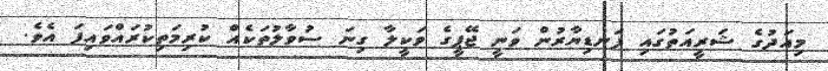
މިއަދުގެ ޝަރީއަތުގައި ފަނޑިޔާރުން ވަނީ ޖޭޕީގެ ވަކީލާ ގިނަ ސުވާލުތަކެއް ކުރިމަތިކުރައްވައިފަ އެވެ.